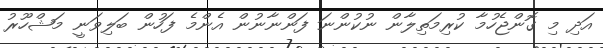
އަދި މި ގޮންޖެހުމާ ކުރިމަތިލާން ނުކުންނަ ފަންނާނުން އެންމެ ފަހުން ބަލިވަނީ މަޝްހޫރު